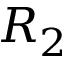
R _ { 2 }